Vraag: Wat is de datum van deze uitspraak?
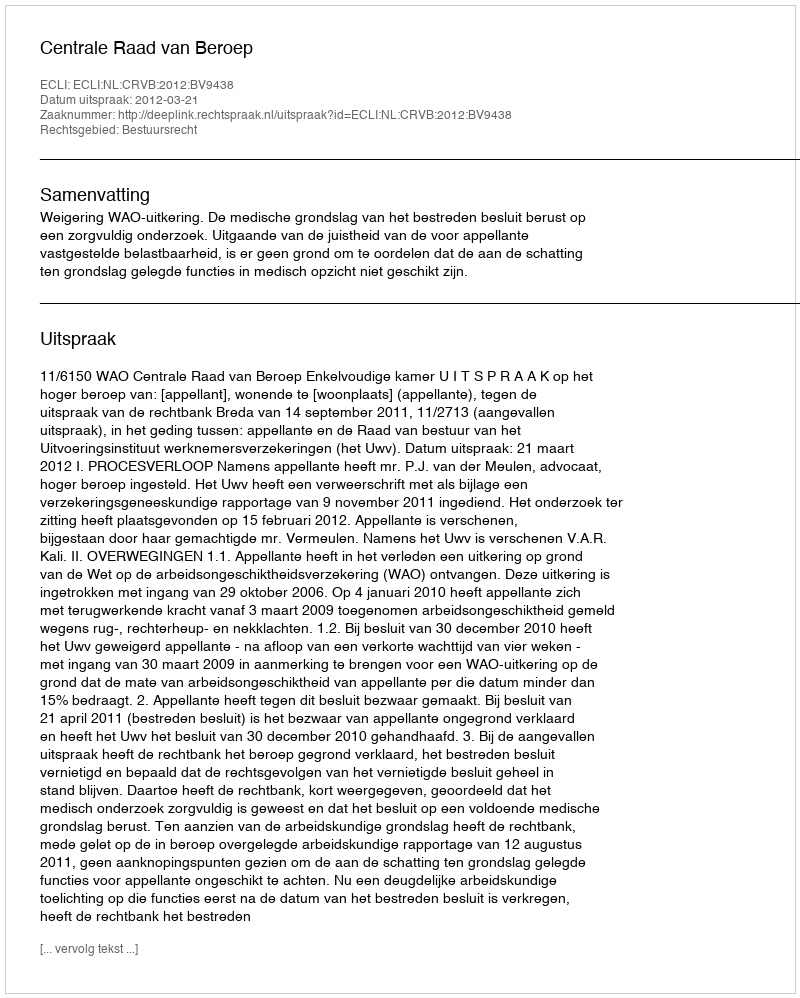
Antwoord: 2012-03-21